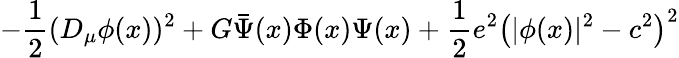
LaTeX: -{\frac{1}{2}}(D_{\mu}\phi(x))^{2}+G\bar{\Psi}(x)\Phi(x)\Psi(x)+{\frac{1}{2}}e^{2}\bigl(\vert\phi(x)\vert^{2}-c^{2}\bigr)^{2}